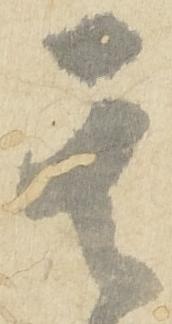
其